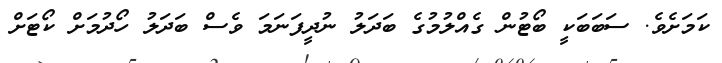
ކަމަށެވެ. ސަބަބަކީ ބޯޓުން ގެއްލުމުގެ ބަދަލު ނުދީފަނަަމަ ވެސް ބަދަލު ހޯދުމަށް ކޯޓަށް